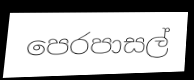
පෙරපාසල්